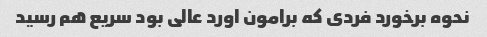
نحوه برخورد فردی که برامون اورد عالی بود سریع هم رسید